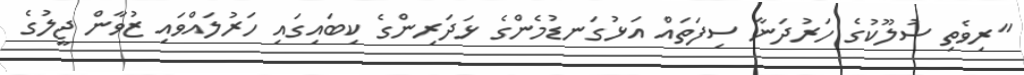
"ރިވެތި ސުލޫކުގެ ހަރުދަނާ ސިފަތައް އަޅުގަނޑުމެންގެ ޅަދަރިންގެ ކިބައިގައި ހަރުލައްވައި ޒުވާން ޖީލުގެ